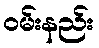
ဝမ်းနည်း